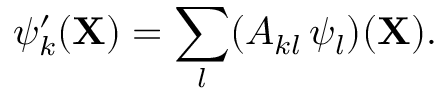
\psi _ { k } ^ { \prime } ( { \mathbf { X } } ) = \sum _ { l } ( A _ { k l } \, \psi _ { l } ) ( { \mathbf { X } } ) .